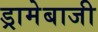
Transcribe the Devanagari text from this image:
ड्रामेबाजी